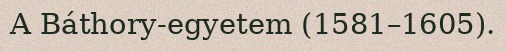
A Báthory-egyetem (1581–1605).